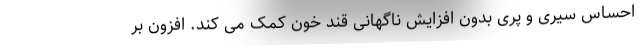
احساس سیری و پری بدون افزایش ناگهانی قند خون کمک می کند. افزون بر